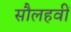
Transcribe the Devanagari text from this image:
सौलहवीं